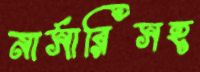
নার্সারিসহ